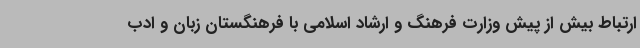
ارتباط بیش از پیش وزارت فرهنگ و ارشاد اسلامی با فرهنگستان زبان و ادب